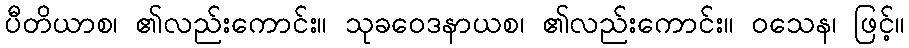
ပီတိယာစ၊ ၏လည်းကောင်း။ သုခဝေဒနာယစ၊ ၏လည်းကောင်း။ ဝသေန၊ ဖြင့်။